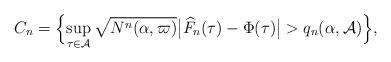
LaTeX: \begin{align*} C_n = \Bigl\{\sup_{\tau\in\mathcal{A}}\sqrt{N^n(\alpha,\varpi )}\bigl|\widehat{F}_n(\tau)-\Phi(\tau)\bigr|> q_n(\alpha,\mathcal{A}) \Bigr\},\end{align*}